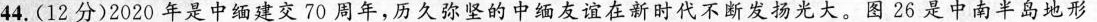
44.(12分)2020年是中缅建交70周年，历久弥坚的中缅友谊在新时代不断发扬光大。图26是中南半岛地形